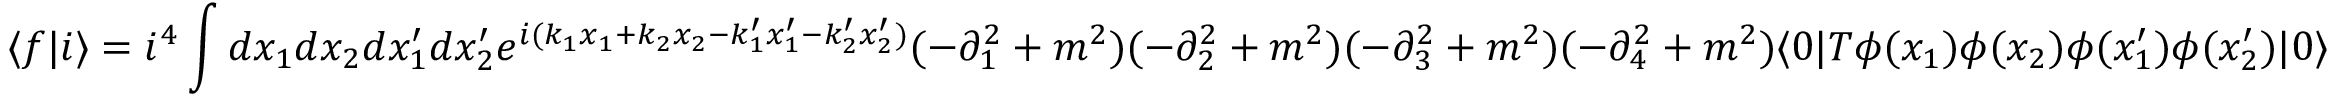
\langle f | i \rangle = i ^ { 4 } \int d x _ { 1 } d x _ { 2 } d x _ { 1 } ^ { \prime } d x _ { 2 } ^ { \prime } e ^ { i ( k _ { 1 } x _ { 1 } + k _ { 2 } x _ { 2 } - k _ { 1 } ^ { \prime } x _ { 1 } ^ { \prime } - k _ { 2 } ^ { \prime } x _ { 2 } ^ { \prime } ) } ( - \partial _ { 1 } ^ { 2 } + m ^ { 2 } ) ( - \partial _ { 2 } ^ { 2 } + m ^ { 2 } ) ( - \partial _ { 3 } ^ { 2 } + m ^ { 2 } ) ( - \partial _ { 4 } ^ { 2 } + m ^ { 2 } ) \langle 0 | T \phi ( x _ { 1 } ) \phi ( x _ { 2 } ) \phi ( x _ { 1 } ^ { \prime } ) \phi ( x _ { 2 } ^ { \prime } ) | 0 \rangle